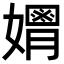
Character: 𡣃